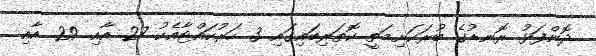
ދޮންފަޅު ރޮނޑުގެ ބުރަކަށިމަތީ ކޮތަރިބައިގައި 3 ހަރުކައްޓާއެކު 27 އާއި 29 އާއި